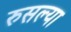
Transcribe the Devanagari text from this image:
रुसल्या